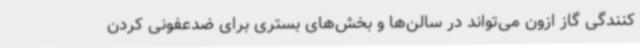
کنندگی گاز ازون می‌تواند در سالن‌ها و بخش‌های بستری برای ضدعفونی کردن